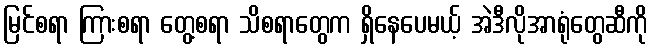
မြင်စရာ ကြားစရာ တွေ့စရာ သိစရာတွေက ရှိနေပေမယ့် အဲဒီလိုအာရုံတွေဆီကို